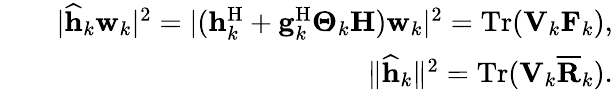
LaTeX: \begin{array}{rlr}&{}&{\vert\widehat{\mathbf{h}}_{k}\mathbf{w}_{k}\vert^{2}=\vert(\mathbf{h}_{k}^{\mathrm{H}}+\mathbf{g}_{k}^{\mathrm{H}}\boldsymbol{\Theta}_{k}\mathbf{H})\mathbf{w}_{k}\vert^{2}=\mathrm{Tr}(\mathbf{V}_{k}\mathbf{F}_{k}),}\\ &{}&{\Vert\widehat{\mathbf{h}}_{k}\Vert^{2}=\mathrm{Tr}(\mathbf{V}_{k}\mathbf{\overline{{R}}}_{k}).}\end{array}